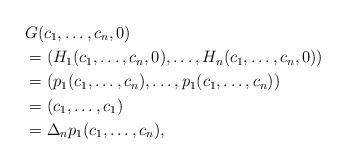
LaTeX: \begin{align*} &G(c_1,\dots,c_n,0)\\&=(H_1(c_1,\dots,c_n,0),\dots,H_n(c_1,\dots,c_n,0))\\ &=(p_1(c_1,\dots,c_n),\dots,p_1(c_1,\dots,c_n))\\&=(c_1,\dots,c_1)\\ &=\Delta_np_1(c_1,\dots,c_n),\end{align*}